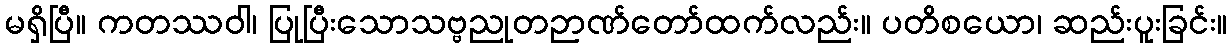
မရှိပြီ။ ကတဿဝါ၊ ပြုပြီးသောသဗ္ဗညုတဉာဏ်တော်ထက်လည်း။ ပတိစယော၊ ဆည်းပူးခြင်း။